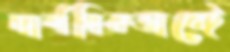
দার্শনিকভাবেই